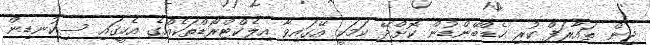
ޖިން ތައާރަފް ކުރި ހެޑްބޭންޑުން ކޮށްދޭ ކަމަކީ އޭގައިވާ އިލެކްޓްރޯޑްތަކެއްގެ އެހީގައި ސިކުނޑިން